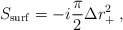
\begin{align*}S_{\rm surf} = -i {\pi \over 2} \Delta r_+^2 \; ,\end{align*}